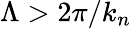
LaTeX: \Lambda>2\pi/k_{n}